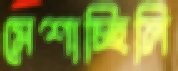
মেশাচ্ছিলি